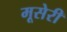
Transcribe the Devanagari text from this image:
मूसेरी